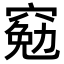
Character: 𫁕